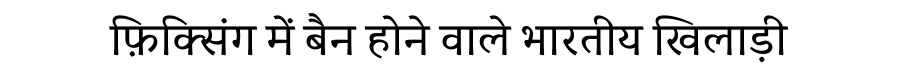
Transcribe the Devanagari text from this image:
फ़िक्सिंग में बैन होने वाले भारतीय खिलाड़ी